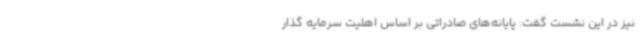
نیز در این نشست گفت: پایانه‌های صادراتی بر اساس اهلیت سرمایه گذار